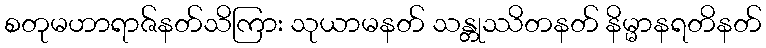
စတုမဟာရာဇ်နတ်သိကြား သုယာမနတ် သန္တုဿိတနတ် နိမ္မာနရတိနတ်